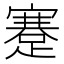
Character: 蹇